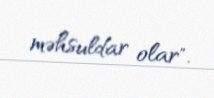
məhsuldar olar".